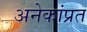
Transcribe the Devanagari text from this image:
अनेकांप्रत